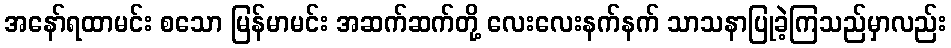
အနော်ရထာမင်း စသော မြန်မာမင်း အဆက်ဆက်တို့ လေးလေးနက်နက် သာသနာပြုခဲ့ကြသည်မှာလည်း